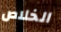
الخلاص